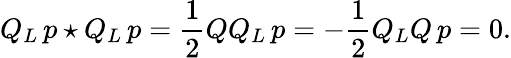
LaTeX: Q_{L}\, p\star Q_{L}\, p=\frac{1}{2}QQ_{L}\, p=-\frac{1}{2}Q_{L}Q\, p=0.